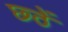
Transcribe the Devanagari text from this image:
छ्ठें